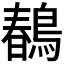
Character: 𪂹